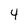
Character: 4